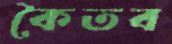
কৈতব